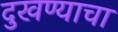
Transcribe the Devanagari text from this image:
दुखण्याचा